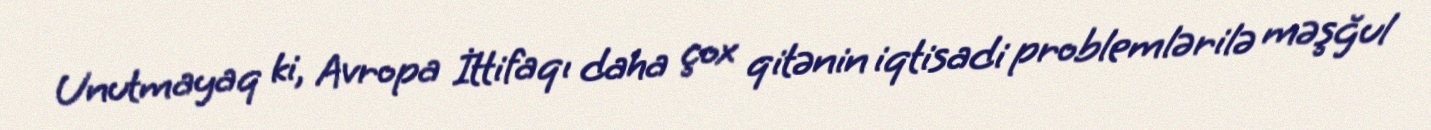
Unutmayaq ki, Avropa İttifaqı daha çox qitənin iqtisadi problemlərilə məşğul